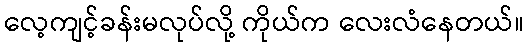
လေ့ကျင့်ခန်းမလုပ်လို့ ကိုယ်က လေးလံနေတယ်။